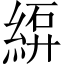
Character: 𫃫